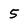
Character: 5